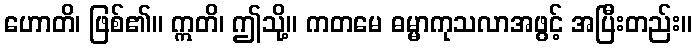
ဟောတိ၊ ဖြစ်၏။ ဣတိ၊ ဤသို့။ ကတမေ ဓမ္မာကုသလာအဖွင့် အပြီးတည်း။